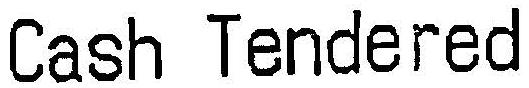
CASH TENDERED